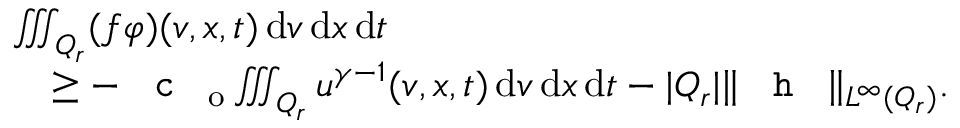
\begin{array} { r l } & { \iiint _ { Q _ { r } } ( f \varphi ) ( v , x , t ) \, \mathrm { d } v \, \mathrm { d } x \, \mathrm { d } t } \\ & { \quad \ge - \textup { \texttt { c } } _ { \mathrm { o } } \iiint _ { Q _ { r } } u ^ { \gamma - 1 } ( v , x , t ) \, \mathrm { d } v \, \mathrm { d } x \, \mathrm { d } t - \lvert Q _ { r } \rvert \| \textup { \texttt { h } } \| _ { L ^ { \infty } ( Q _ { r } ) } . } \end{array}